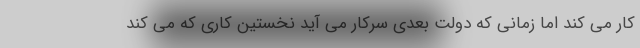
کار می کند اما زمانی که دولت بعدی سرکار می آید نخستین کاری که می کند